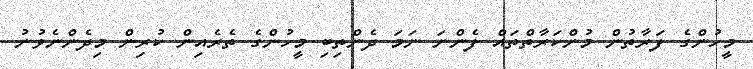
މީހުންގެ ފަރާތުން މުންކަރާތްތައް ފެންނަ ނަމަ ދެންތިބި މީހުންގެ ތެރެއިން ކުރިން މިދެންނެވުނު